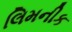
લિમનીક